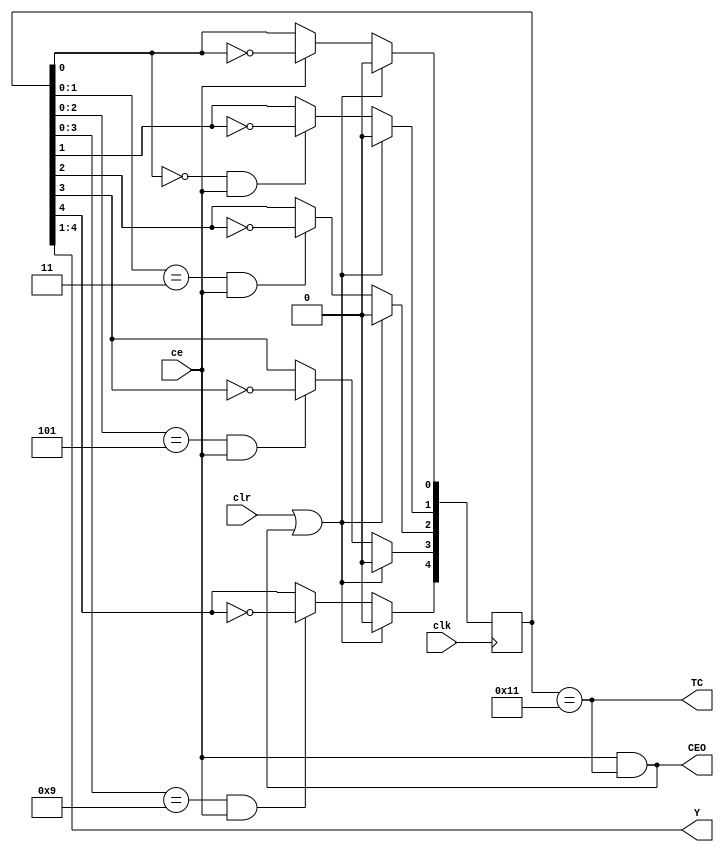
module VCGrey4RE ( input ce,  output wire [3:0] Y,
                   input clk, output wire CEO,
                   input clr, output wire TC);
	reg [4:0]q = 0;
	assign TC = (q[4:0]==((1<<4) | 1)) ;
	assign CEO = ce & TC ;
	assign Y = q[4:1] ;
	always @ (posedge clk) begin
		q[0] <= (clr | CEO)? 0 : ce? !q[0]: q[0] ; 
		q[1] <= (clr | CEO)? 0 : ((q[0]==0) & ce)? !q[1] : q[1];
		q[2] <= (clr | CEO)? 0 : ((q[1:0]==((1<<1) | 1)) & ce)? !q[2] : q[2] ;
		q[3] <= (clr | CEO)? 0 : ((q[2:0]==((1<<2) | 1)) & ce)? !q[3] : q[3] ;
		q[4] <= (clr | CEO)? 0 : ((q[3:0]==((1<<3) | 1)) & ce)? !q[4] : q[4] ;
	end
endmodule